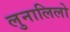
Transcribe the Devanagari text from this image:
लुनालिलो